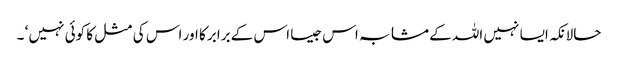
حالانکہ ایسا نہیں اللہ کے مشابہ اس جیسا اس کے برابر کا اور اس کی مثل کا کوئی نہیں ‘ ۔